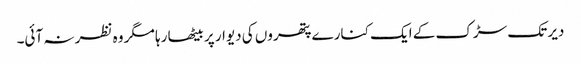
دیر تک سڑک کے ایک کنارے پتھروں کی دیوار پر بیٹھا رہا مگر وہ نظر نہ آئی۔